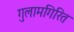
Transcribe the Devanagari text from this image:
गुलामगिरित